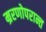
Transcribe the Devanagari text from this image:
म्ररणोपरान्त